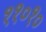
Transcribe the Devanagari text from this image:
११०१०